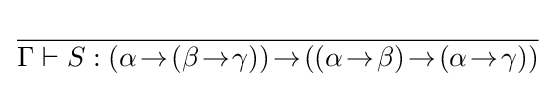
{\frac {}{\Gamma \vdash S:(\alpha \!\rightarrow \!(\beta \!\rightarrow \!\gamma ))\!\rightarrow \!((\alpha \!\rightarrow \!\beta )\!\rightarrow \!(\alpha \!\rightarrow \!\gamma ))}}